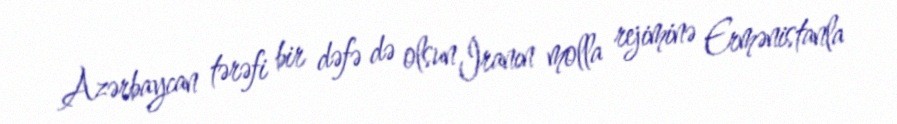
Azərbaycan tərəfi bir dəfə də olsun İranın molla rejiminə Ermənistanla